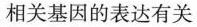
相关基因的表达有关